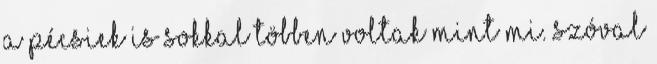
a pécsiek is sokkal többen voltak mint mi. Szóval